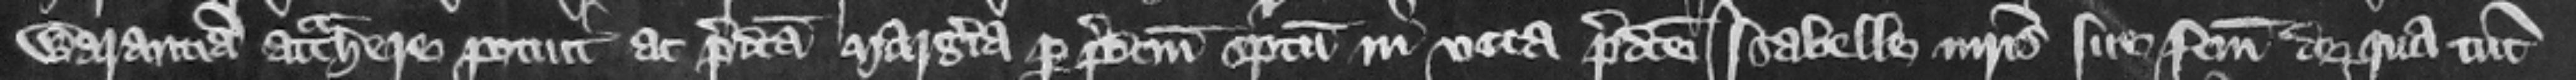
warantiam attrahere potuit ac predicta Margeria per predictum scriptum in vita predicte Isabelle matris sue factum de qua tune